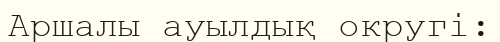
Аршалы ауылдық округі: